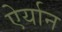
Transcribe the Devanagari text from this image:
ऐर्यान